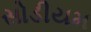
સોડીયમ